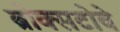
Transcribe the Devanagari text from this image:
ब्रोक्सटोवे